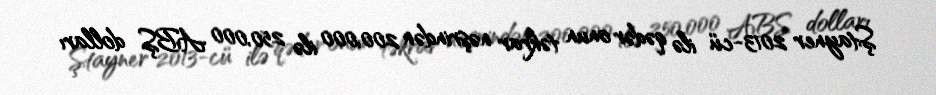
Ştayner 2013-cü ilə qədər onun təkrar nəşrindən 200,000 ilə 250,000 ABŞ dolları